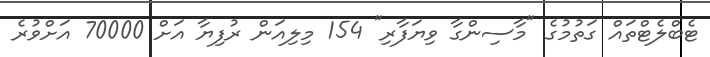
ޓެބްލެޓްތައް ގަތުމުގެ "މާސިންގާ ވިޔަފާރި" 154 މިލިއަން ރުފިޔާ އަށް 70000 އަށްވުރެ